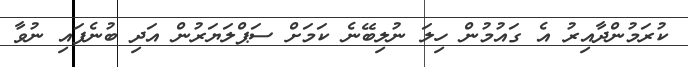
ކުރަމުންދާއިރު އެ ގައުމުން ހިލަ ނުލިބޭނެ ކަމަށް ސަޕްލަޔަރުން އަދި ބުނެފައި ނުވާ